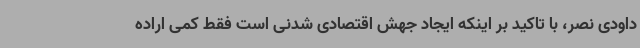
داودی نصر، با تاکید بر اینکه ایجاد جهش اقتصادی شدنی است فقط کمی اراده